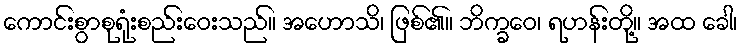
ကောင်းစွာစုရုံးစည်းဝေးသည်။ အဟောသိ၊ ဖြစ်၏။ ဘိက္ခဝေ၊ ရဟန်းတို့။ အထ ခေါ၊